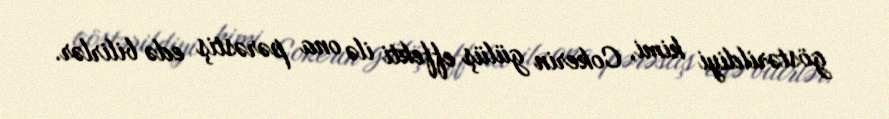
göstərildiyi kimi, Cokerin gülüş effekti ilə ona pərəstiş edə bilirlər.